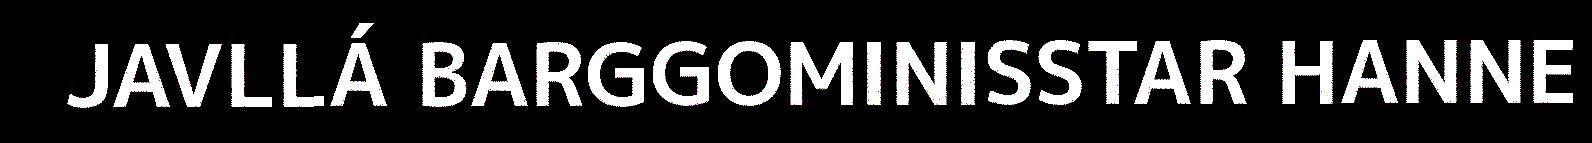
JAVLLÁ BARGGOMINISSTAR HANNE